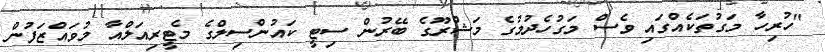
"ހުރިހާ މަގުތަކެއްގައި ވެސް މަގުހެދުމުގެ މަޝްރޫގެ ބޭރުން ސިޓީ ކައުންސިލްގެ މެޓީރިއަލްއާ މުވައްޒަފުން